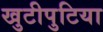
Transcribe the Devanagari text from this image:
खुटीपुटिया